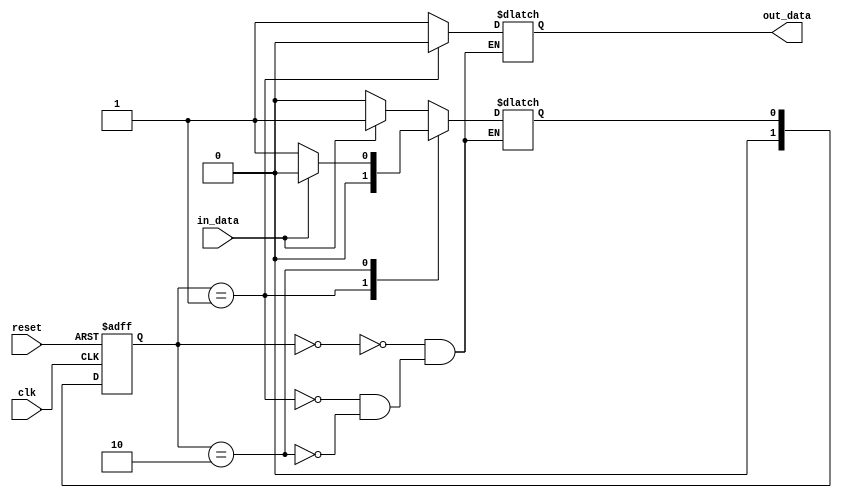
module StateMachine(input clk, input reset, input in_data, output reg out_data);

// Define states
parameter STATE_A = 2'b00;
parameter STATE_B = 2'b01;
parameter STATE_C = 2'b10;

// Define outputs
reg [1:0] state;
reg next_state;

// State machine logic
always @(posedge clk or posedge reset) begin
    if (reset) begin
        state <= STATE_A;
    end else begin
        state <= next_state;
    end
end

// State transition logic
always @(state, in_data) begin
    case(state)
        STATE_A: begin
            if (in_data) begin
                next_state = STATE_B;
            end else begin
                next_state = STATE_C;
            end
            out_data = 1;
        end
        STATE_B: begin
            if (in_data) begin
                next_state = STATE_C;
            end else begin
                next_state = STATE_A;
            end
            out_data = 0;
        end
        STATE_C: begin
            if (in_data) begin
                next_state = STATE_A;
            end else begin
                next_state = STATE_B;
            end
            out_data = 1;
        end
    endcase
end
endmodule